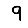
Digit: 9